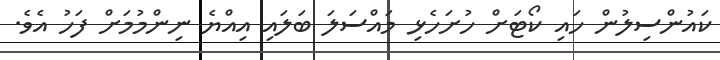
ކައުންސިލުން ހައި ކޯޓަށް ހުށަހެޅި މައްސަލަ ބަލައި އިއްޔެ ނިންމުމަށް ފަހު އެވެ.